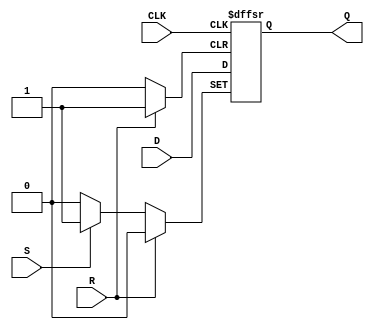
module negative_edge_ff (
    input D,
    input CLK,
    input R,
    input S,
    output reg Q
);

always @(negedge CLK or posedge R or posedge S) begin
    if (R) begin
        Q <= 1'b0;
    end else if (S) begin
        Q <= 1'b1;
    end else begin
        Q <= D;
    end
end

endmodule